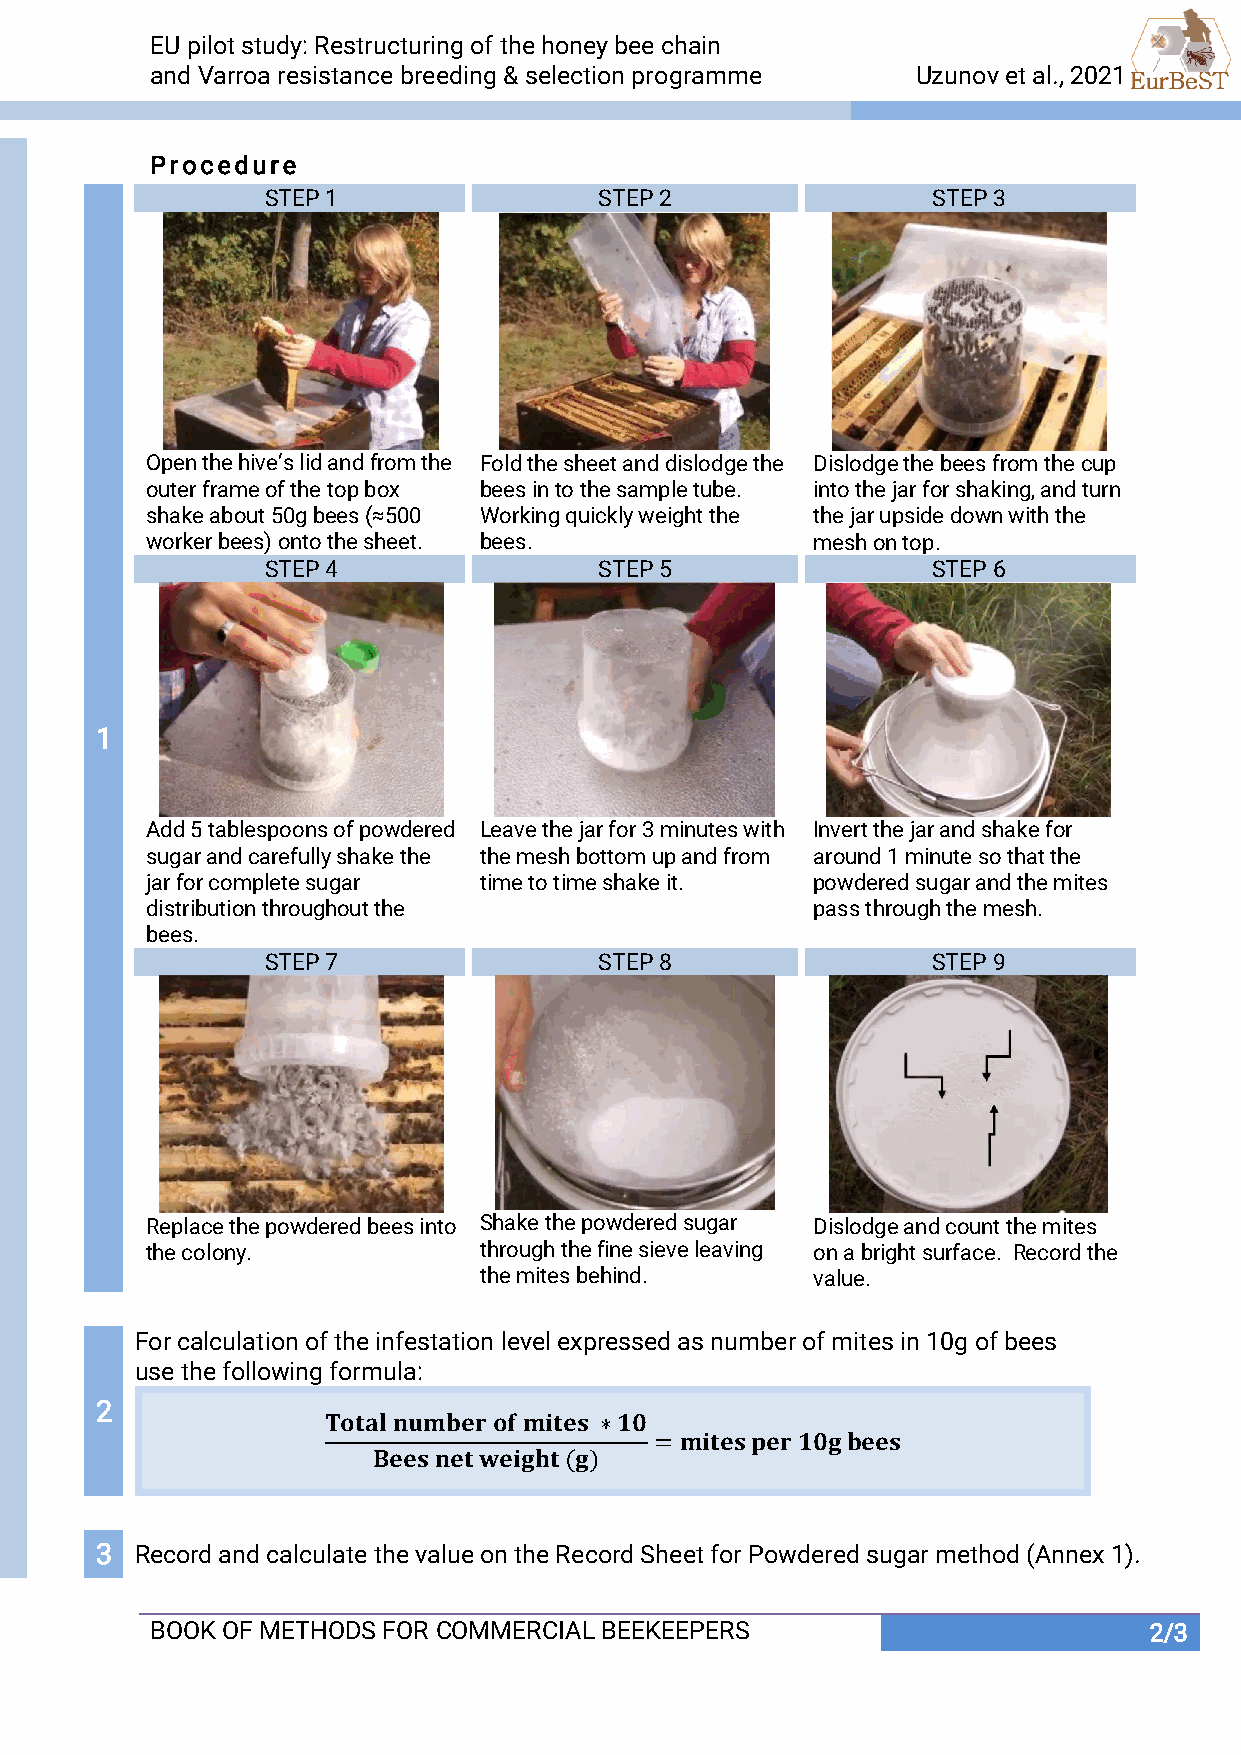
EU pilot study: Restructuring of the honey bee chain
 and Varroa resistance breeding & selection programme Uzunov et al., 2021       Uzunov et al., 2021
 Procedure
 STEP 1                STEP 2                STEP 3
 Open the hive’s lid and from the Fold the sheet and dislodge the Dislodge the bees from the cup
 outer frame of the top box bees in to the sample tube. into the jar for shaking, and turn
 shake about 50g bees (≈500 Working quickly weight the the jar upside down with the
 worker bees) onto the sheet. bees.          mesh on top.
 STEP 4                STEP 5                STEP 6
 1
 Add 5 tablespoons of powdered Leave the jar for 3 minutes with Invert the jar and shake for
 sugar and carefully shake the the mesh bottom up and from around 1 minute so that the
 jar for complete sugar time to time shake it. powdered sugar and the mites
 distribution throughout the                 pass through the mesh.
 bees.
 STEP 7                STEP 8                STEP 9
 Replace the powdered bees into Shake the powdered sugar Dislodge and count the mites
 the colony.           through the fine sieve leaving on a bright surface. Record the
 the mites behind.     value.
 For calculation of the infestation level expressed as number of mites in 10g of bees
 use the following formula:
 2
 𝐓𝐨𝐭𝐚𝐥 𝐧𝐮𝐦𝐛𝐞𝐫 𝐨𝐟 𝐦𝐢𝐭𝐞𝐬 ∗𝟏𝟎
 = 𝐦𝐢𝐭𝐞𝐬 𝐩𝐞𝐫 𝟏𝟎𝐠 𝐛𝐞𝐞𝐬
 𝐁𝐞𝐞𝐬 𝐧𝐞𝐭 𝐰𝐞𝐢𝐠𝐡𝐭 (𝐠)
 3  Record and calculate the value on the Record Sheet for Powdered sugar method (Annex 1).
 BOOK OF METHODS FOR COMMERCIAL BEEKEEPERS                         2/3..